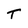
Character: T